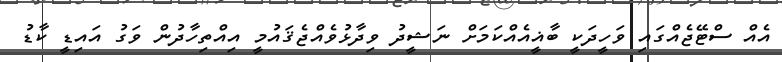
އެއް ސްޓޭޖެއްގައި ވަހީދަކީ ބާޣީއެއްކަމަށް ނަޝީދު ވިދާޅުވެއްޖެޤައުމީ އިއްތިހާދުން ވަގު އައިޑީ ކާޑު